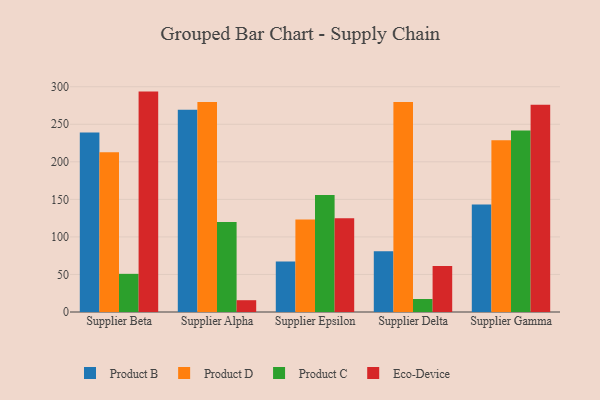
{"axis": {"x": "Supplier", "y": "Budget (USD K)"}, "legend": ["Eco-Device", "Product B", "Product C", "Product D"], "data": [{"x": "Supplier Beta", "y": 238.9, "type": "Product B"}, {"x": "Supplier Beta", "y": 212.9, "type": "Product D"}, {"x": "Supplier Beta", "y": 50.8, "type": "Product C"}, {"x": "Supplier Beta", "y": 293.5, "type": "Eco-Device"}, {"x": "Supplier Alpha", "y": 269.4, "type": "Product B"}, {"x": "Supplier Alpha", "y": 279.7, "type": "Product D"}, {"x": "Supplier Alpha", "y": 119.7, "type": "Product C"}, {"x": "Supplier Alpha", "y": 15.7, "type": "Eco-Device"}, {"x": "Supplier Epsilon", "y": 67.3, "type": "Product B"}, {"x": "Supplier Epsilon", "y": 123.2, "type": "Product D"}, {"x": "Supplier Epsilon", "y": 155.8, "type": "Product C"}, {"x": "Supplier Epsilon", "y": 124.9, "type": "Eco-Device"}, {"x": "Supplier Delta", "y": 81.0, "type": "Product B"}, {"x": "Supplier Delta", "y": 279.6, "type": "Product D"}, {"x": "Supplier Delta", "y": 17.3, "type": "Product C"}, {"x": "Supplier Delta", "y": 61.3, "type": "Eco-Device"}, {"x": "Supplier Gamma", "y": 143.1, "type": "Product B"}, {"x": "Supplier Gamma", "y": 228.7, "type": "Product D"}, {"x": "Supplier Gamma", "y": 241.6, "type": "Product C"}, {"x": "Supplier Gamma", "y": 276.1, "type": "Eco-Device"}]}